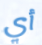
أي